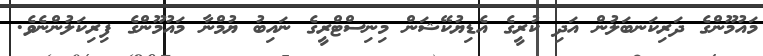
މައުމޫންގެ ދަރިކަނބަލުން އަދި ކުރީގެ އެޑިޔުކޭޝަން މިނިސްޓްރީގެ ނައިބު ޔުމްނާ މައުމޫންގެ ފިރިކަލުންނެވެ.